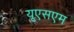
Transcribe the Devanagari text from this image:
यूएसएम